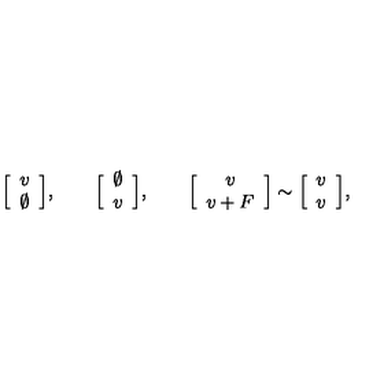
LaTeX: \Big [ \begin{array} { c } { v } \\ { \emptyset } \\ \end{array} \Big ] , \qquad \Big [ \begin{array} { c } { \emptyset } \\ { v } \\ \end{array} \Big ] , \qquad \Big [ \begin{array} { c } { v } \\ { v + F } \\ \end{array} \Big ] \sim \Big [ \begin{array} { c } { v } \\ { v } \\ \end{array} \Big ] ,